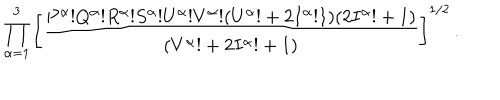
LaTeX: \prod _ { \alpha = 1 } ^ { 3 } \left[ { \frac { P ^ { \alpha } ! Q ^ { \alpha } ! R ^ { \alpha } ! S ^ { \alpha } ! U ^ { \alpha } ! V ^ { \alpha } ! ( U ^ { \alpha } ! + 2 I ^ { \alpha } ! 1 ) ( 2 I ^ { \alpha } ! + 1 ) } { ( V ^ { \alpha } ! + 2 I ^ { \alpha } ! + 1 ) } } \right] ^ { 1 / 2 } \, .